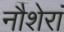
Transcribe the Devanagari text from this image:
नौशेरां